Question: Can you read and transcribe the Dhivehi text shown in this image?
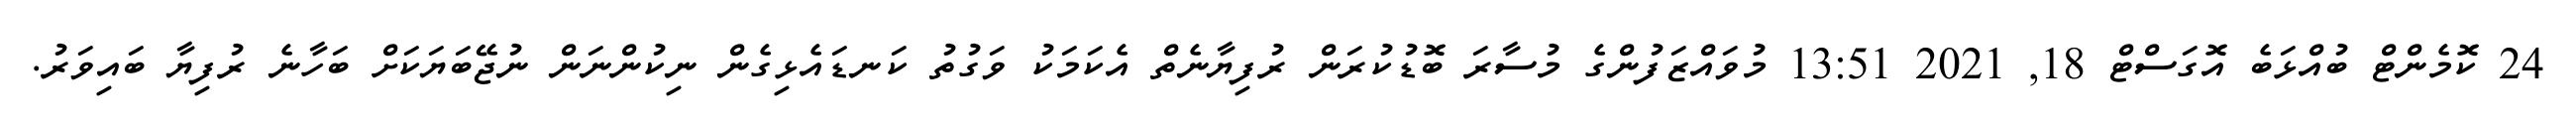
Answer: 24 ކޮމެންޓް ބުއްޅަބެ އޮގަސްޓް 18, 2021 13:51 މުވައްޒަފުންގެ މުސާރަ ބޮޑުކުރަން ރުފިޔާނެތް އެކަމަކު ވަގުތު ކަނޑައެޅިގެން ނިކުންނަން ނުޖޭބަޔަކަށް ބަހާނެ ރުފިޔާ ބައިވަރު.